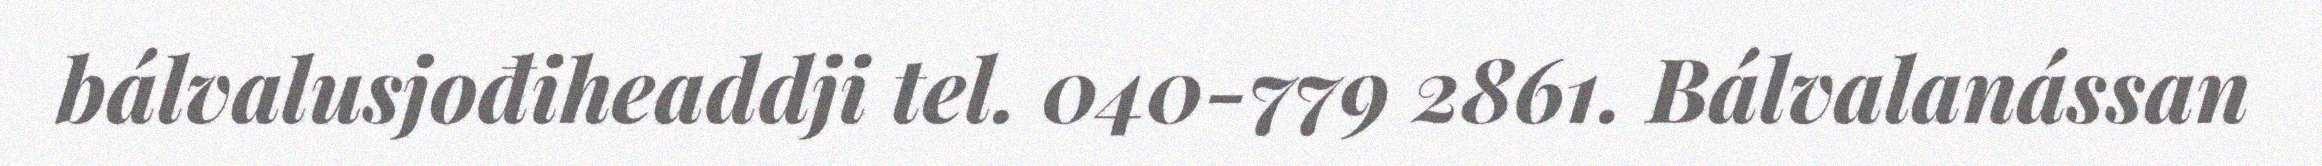
bálvalusjođiheaddji tel. 040-779 2861. Bálvalanássan